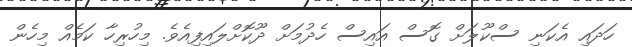
ހަދައި އެކަނި ސްކޫލަށް ގޮސް އައިސް ހެދުމަށް ދޫކޮށްލައިފިއެވެ. މިހުރިހާ ކަމެއް މިހެން